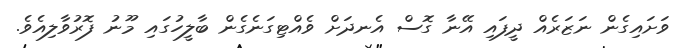
ވަށައިގެން ނަޒަރެއް ދީފައި އޭނާ ގޮސް އެނދަށް ވެއްޓިގަނެގެން ބާލީހުގައި މޫނު ފޮރުވާލިއެވެ.